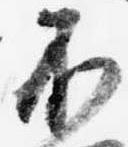
不